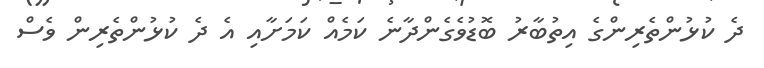
ދެ ކުޅުންތެރިންގެ އިތުބާރު ބޮޑުވެގެންދާނެ ކަމެއް ކަމަށާއި އެ ދެ ކުޅުންތެރިން ވެސް